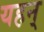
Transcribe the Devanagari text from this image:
यहन्